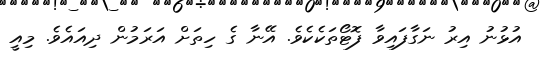
އުޅުނު އިރު ނަގާފައިވާ ފޮޓޯތަކެކެވެ. އޭނާ ގެ ހިތަށް އަރަމުން ދިއައެވެ. މިއީ